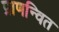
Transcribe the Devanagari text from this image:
प्राणन्वित